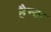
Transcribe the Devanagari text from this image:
हैन्क